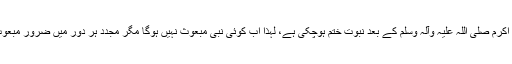
چونکہ حضور نبی اکرم صلی اللہ علیہ وآلہ وسلم کے بعد نبوت ختم ہوچکی ہے، لہذا اب کوئی نبی مبعوث نہیں ہوگا مگر مجدد ہر دور میں ضرور مبعوث ہوتے رہیں گے۔